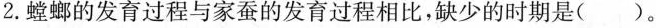
2.螳螂的发育过程与家蚕的发育过程相比，缺少的时期是( )。